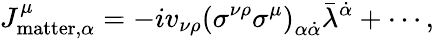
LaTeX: J_{\mathrm{matter},\alpha}^{\mu}=-iv_{\nu\rho}\left(\sigma^{\nu\rho}\sigma^{\mu}\right)_{\alpha\dot{\alpha}}\bar{\lambda}^{\dot{\alpha}}+\cdots,